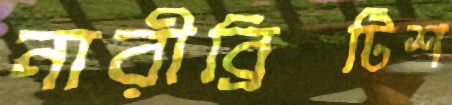
নারীব্রিটিশ